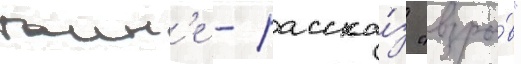
таин'е - расска́з "взры́в"